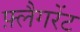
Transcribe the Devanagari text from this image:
फ़्लैगरेंट